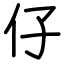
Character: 仔